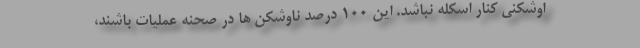
اوشکنی کنار اسکله نباشد. این 100 درصد ناوشکن ها در صحنه عملیات باشند،